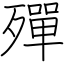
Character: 殫